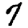
Digit: 7